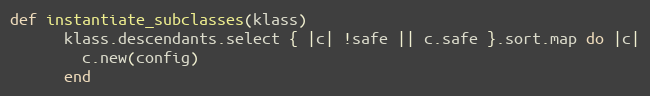
Language: Ruby
def instantiate_subclasses(klass)
      klass.descendants.select { |c| !safe || c.safe }.sort.map do |c|
        c.new(config)
      end